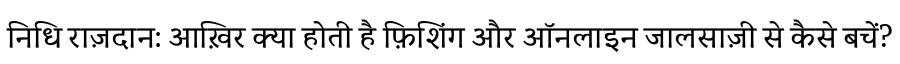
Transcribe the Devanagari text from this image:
निधि राज़दान: आख़िर क्या होती है फ़िशिंग और ऑनलाइन जालसाज़ी से कैसे बचें?